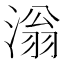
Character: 滃